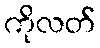
ကိုလတ်